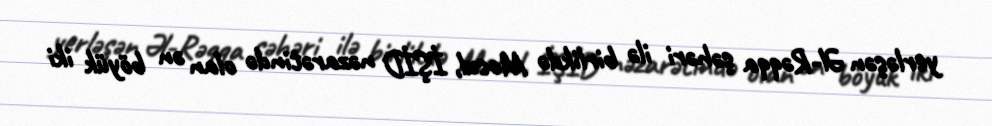
yerləşən Əl-Rəqqa şəhəri ilə birlikdə Mosul, İŞİD nəzarətində olan ən böyük iki